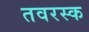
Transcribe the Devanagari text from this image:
तवरस्क